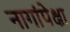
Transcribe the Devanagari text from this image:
नागांपेक्षा